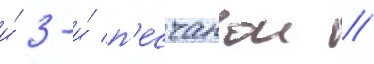
и́ 3-и́ п'есчанои //